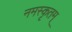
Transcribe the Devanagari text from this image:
नमस्कृतम्